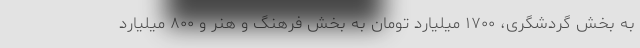
به بخش گردشگری، ۱۷۰۰ میلیارد تومان به بخش فرهنگ و هنر و ۸۰۰ میلیارد